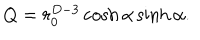
Q = r _ { 0 } ^ { D - 3 } \cosh \alpha \sinh \alpha .